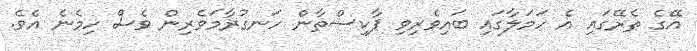
އޭގެ ތެރޭގައި އެ ހަމަލާގައި ބައިވެރިވި ޕާކިސްތާން ހަނގުރާމަވެރިން ވެސް ހިމެނެ އެވެ.